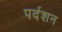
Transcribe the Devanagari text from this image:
पर्दशन